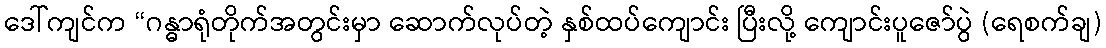
ဒေါ်ကျင်က “ဂန္ဓာရုံတိုက်အတွင်းမှာ ဆောက်လုပ်တဲ့ နှစ်ထပ်ကျောင်း ပြီးလို့ ကျောင်းပူဇော်ပွဲ (ရေစက်ချ)